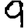
Digit: 9